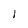
Character: I